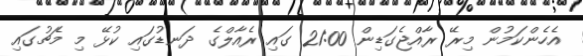
އެހެންކަމުން މިރޭ ރާއްޖެގަޑިން 21:00 ގައި ރެއާލްގެ ދަނޑުގައި ކުޅޭ މި މެޗުގައި